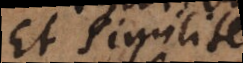
et similiter